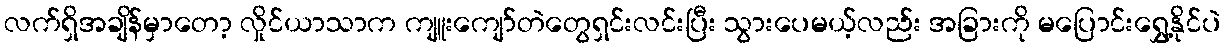
လက်ရှိအချိန်မှာတော့ လှိုင်ယာသာက ကျူးကျော်တဲတွေရှင်းလင်းပြီး သွားပေမယ့်လည်း အခြားကို မပြောင်းရွှေ့နိုင်ပဲ